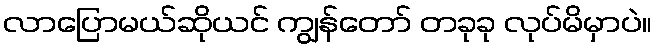
လာပြောမယ်ဆိုယင် ကျွန်တော် တခုခု လုပ်မိမှာပဲ။